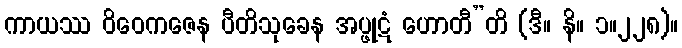
ကာယဿ ဝိဝေကဇေန ပီတိသုခေန အပ္ဖုဋံ ဟောတီ”တိ (ဒီ။ နိ။ ၁။၂၂၈)။